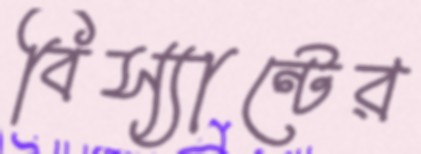
বিস্যান্টের